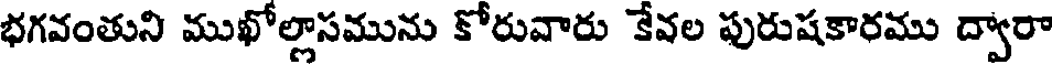
భగవంతుని ముఖోల్లాసమును కోరువారు కేవల పురుషకారము ద్వారా